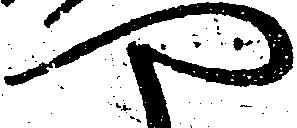
や